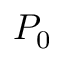
P _ { 0 }